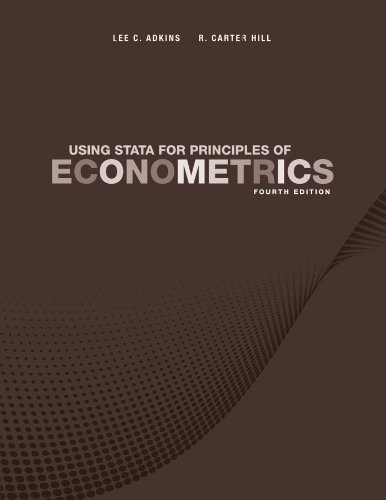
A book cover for Using Stata for Principles of Econometrics; Lee C. Adkins; Business & Money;